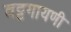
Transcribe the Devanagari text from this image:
वट्टगायणी